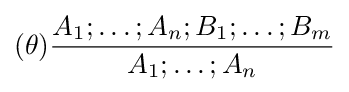
(\theta ){\frac {A_{1};\ldots ;A_{n};B_{1};\ldots ;B_{m}}{A_{1};\ldots ;A_{n}}}